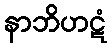
နာဘိဟဋံ